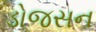
ડોજસન